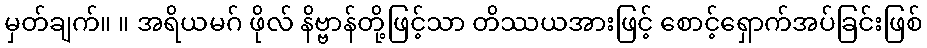
မှတ်ချက်။ ။ အရိယမဂ် ဖိုလ် နိဗ္ဗာန်တို့ဖြင့်သာ တိဿယအားဖြင့် စောင့်ရှောက်အပ်ခြင်းဖြစ်